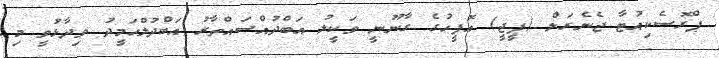
ޕްރޮސެކިއުޓާ ޖެނެރަލް (ޕީޖީ) އޮފީހުގެ ގާނޫނީ ވަކީލު އަބްދުއްސައްތާރު އަބްދުލްހަމީދު ވިދާޅުވީ މި